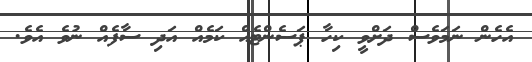
އެހެން ނަމަވެސް ދަށްވީ ކިހާ ޕަސެންޓެއް ކަމެއް އަދި ސާފެއް ނުވެ އެވެ.